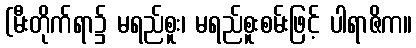
(မီးတိုက်ရာ၌ မရည်စူး၊ မရည်စူးစမ်းဖြင့် ပါရာဇိက။